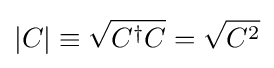
|C|\equiv {\sqrt {C^{\dagger }C}}={\sqrt {C^{2}}}